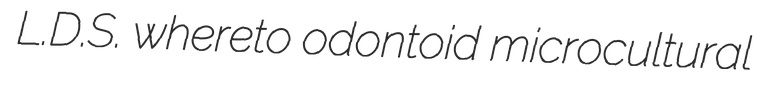
L.D.S. whereto odontoid microcultural